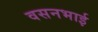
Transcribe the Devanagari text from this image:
वसनभाई